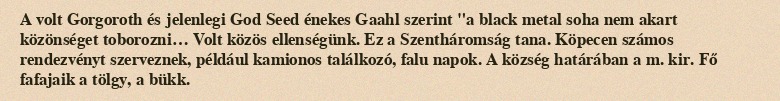
A volt Gorgoroth és jelenlegi God Seed énekes Gaahl szerint "a black metal soha nem akart közönséget toborozni… Volt közös ellenségünk. Ez a Szentháromság tana. Köpecen számos rendezvényt szerveznek, például kamionos találkozó, falu napok. A község határában a m. kir. Fő fafajaik a tölgy, a bükk.